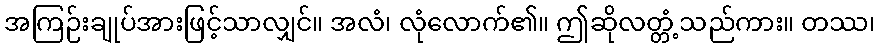
အကြဉ်းချုပ်အားဖြင့်သာလျှင်။ အလံ၊ လုံလောက်၏။ ဤဆိုလတ္တံ့သည်ကား။ တဿ၊